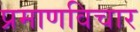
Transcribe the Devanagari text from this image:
प्रमाणविचार